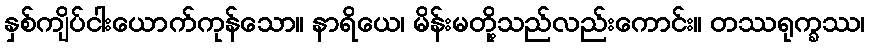
နှစ်ကျိပ်ငါးယောက်ကုန်သော။ နာရိယေ၊ မိန်းမတို့သည်လည်းကောင်း။ တဿရုက္ခဿ၊